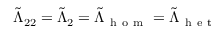
\tilde { \Lambda } _ { 2 2 } = \tilde { \Lambda } _ { 2 } = \tilde { \Lambda } _ { \mathrm { ~ h ~ o ~ m ~ } } = \tilde { \Lambda } _ { \mathrm { ~ h ~ e ~ t ~ } }